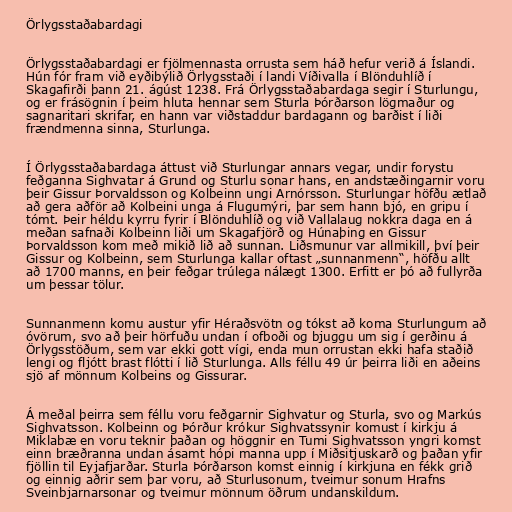
Örlygsstaðabardagi

Örlygsstaðabardagi er fjölmennasta orrusta sem háð hefur verið á Íslandi.
Hún fór fram við eyðibýlið Örlygsstaði í landi Víðivalla í Blönduhlíð í
Skagafirði þann 21. ágúst 1238. Frá Örlygsstaðabardaga segir í Sturlungu,
og er frásögnin í þeim hluta hennar sem Sturla Þórðarson lögmaður og
sagnaritari skrifar, en hann var viðstaddur bardagann og barðist í liði
frændmenna sinna, Sturlunga.

Í Örlygsstaðabardaga áttust við Sturlungar annars vegar, undir forystu
feðganna Sighvatar á Grund og Sturlu sonar hans, en andstæðingarnir voru
þeir Gissur Þorvaldsson og Kolbeinn ungi Arnórsson. Sturlungar höfðu ætlað
að gera aðför að Kolbeini unga á Flugumýri, þar sem hann bjó, en gripu í
tómt. Þeir héldu kyrru fyrir í Blönduhlíð og við Vallalaug nokkra daga en á
meðan safnaði Kolbeinn liði um Skagafjörð og Húnaþing en Gissur
Þorvaldsson kom með mikið lið að sunnan. Liðsmunur var allmikill, því þeir
Gissur og Kolbeinn, sem Sturlunga kallar oftast „sunnanmenn“, höfðu allt
að 1700 manns, en þeir feðgar trúlega nálægt 1300. Erfitt er þó að fullyrða
um þessar tölur.

Sunnanmenn komu austur yfir Héraðsvötn og tókst að koma Sturlungum að
óvörum, svo að þeir hörfuðu undan í ofboði og bjuggu um sig í gerðinu á
Örlygsstöðum, sem var ekki gott vígi, enda mun orrustan ekki hafa staðið
lengi og fljótt brast flótti í lið Sturlunga. Alls féllu 49 úr þeirra liði en aðeins
sjö af mönnum Kolbeins og Gissurar.

Á meðal þeirra sem féllu voru feðgarnir Sighvatur og Sturla, svo og Markús
Sighvatsson. Kolbeinn og Þórður krókur Sighvatssynir komust í kirkju á
Miklabæ en voru teknir þaðan og höggnir en Tumi Sighvatsson yngri komst
einn bræðranna undan ásamt hópi manna upp í Miðsitjuskarð og þaðan yfir
fjöllin til Eyjafjarðar. Sturla Þórðarson komst einnig í kirkjuna en fékk grið
og einnig aðrir sem þar voru, að Sturlusonum, tveimur sonum Hrafns
Sveinbjarnarsonar og tveimur mönnum öðrum undanskildum.